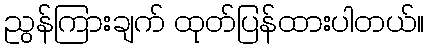
ညွန်ကြားချက် ထုတ်ပြန်ထားပါတယ်။